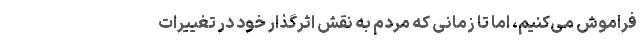
فراموش می‌کنیم، اما تا زمانی که مردم به نقش اثرگذار خود در تغییرات